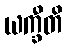
ယက္ခီတိ